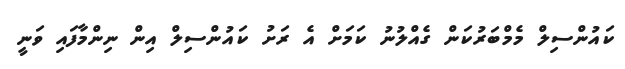
ކައުންސިލް މެމްބަރުކަން ގެއްލުނު ކަމަށް އެ ރަށު ކައުންސިލް އިން ނިންމާފައި ވަނީ